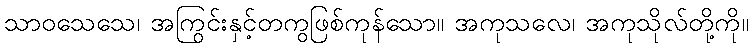
သာဝသေသေ၊ အကြွင်းနှင့်တကွဖြစ်ကုန်သော။ အကုသလေ၊ အကုသိုလ်တို့ကို။